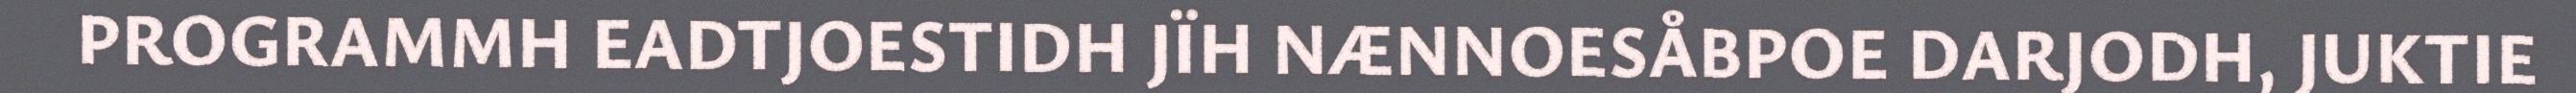
PROGRAMMH EADTJOESTIDH JÏH NÆNNOESÅBPOE DARJODH, JUKTIE